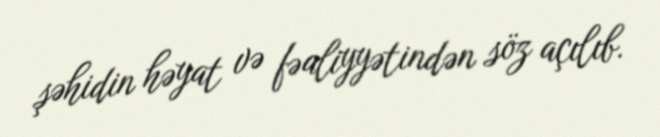
şəhidin həyat və fəaliyyətindən söz açılıb.